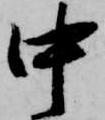
中